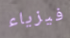
فيزياء